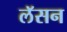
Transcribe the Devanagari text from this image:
लॅसन